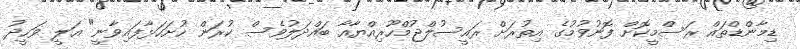
ޑިމާންޑްތައް ރަސްމީކޮށް ފޮނުވުމުގެ އިތުރަށް ރައީސުލްޖުމްހޫރިއްޔާއާ ބައްދަލުވެސް ކުރަން ހުށަހަޅާފައިވާނީ" އަލީ ވަހީދު